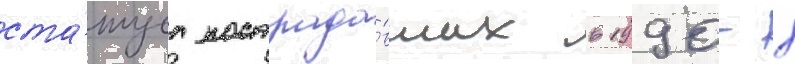
ста́туса пострада́вших в 1990-х